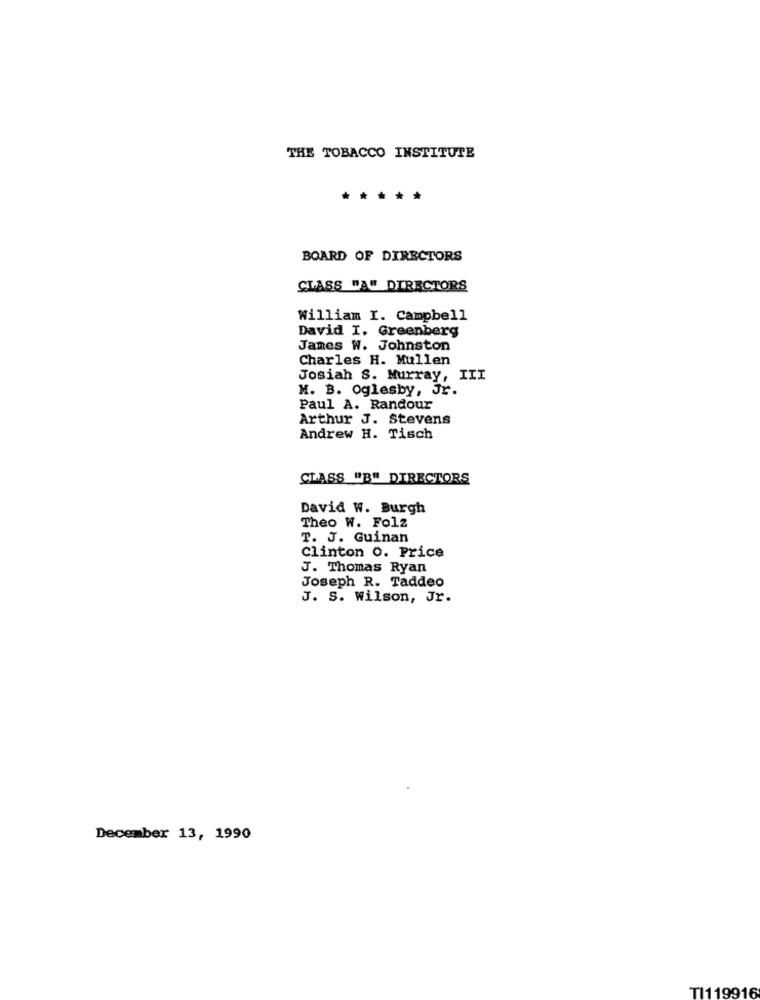
THE TOBACCO INSTITUTE
*****
BOARD OF DIRECTORS
CLASS "A" DIRECTORS
William I. Campbell
David I. Greenberg
James W. Johnston
Charles H. Mullen
Josiah S. Murray, III
M. B. Oglesby, Jr.
Paul A. Randour
Arthur J. Stevens
Andrew H. Tisch
CLASS "B" DIRECTORS
David W. Burgh
Theo W. Folz
T. J. Guinan
Clinton o. Price
J. Thomas Ryan
Joseph R. Taddeo
J. S. Wilson, Jr.
December 13, 1990
TI119916